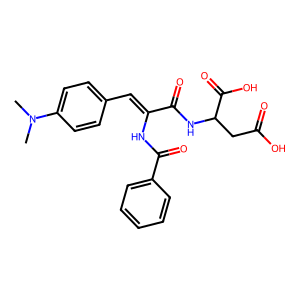
SMILES: CN(C)c1ccc(C=C(NC(=O)c2ccccc2)C(=O)NC(CC(=O)O)C(=O)O)cc1
Inhibits HIV replication: No